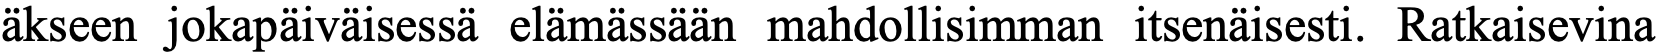
äkseen jokapäiväisessä elämässään mahdollisimman itsenäisesti. Ratkaisevina